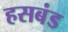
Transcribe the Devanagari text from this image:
हसबंड